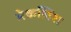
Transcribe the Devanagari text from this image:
मेकलिश